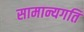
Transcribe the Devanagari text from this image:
सामान्यगति